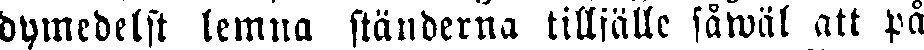
dymedelst lemna ständerna tillfälle såwäl att på